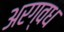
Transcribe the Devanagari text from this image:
अरग्वध